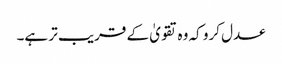
عدل کرو کہ وہ تقویٰ کے قریب تر ہے۔